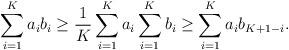
LaTeX: \begin{align*}\sum_{i=1}^Ka_ib_i\geq \frac{1}{K}\sum_{i=1}^K a_i\sum_{i=1}^{K} b_i\geq \sum_{i=1}^Ka_ib_{K+1-i}.\end{align*}